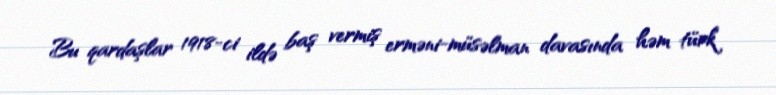
Bu qardaşlar 1918-ci ildə baş vermiş erməni-müsəlman davasında həm türk